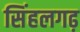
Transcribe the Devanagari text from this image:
सिंहलगढ़